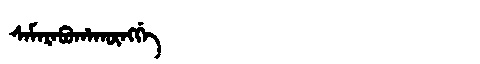
Manchu: ᠰᠠᠮᠠᡵᠠᠪᡠᡥᠠᡴᡡᠩᡤᡝ
Romanization: SAMARABUHAKŪNGGE